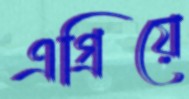
এগ্রিয়ে